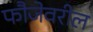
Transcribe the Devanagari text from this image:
फौजेवरील